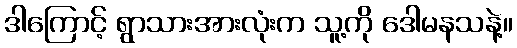
ဒါကြောင့် ရွာသားအားလုံးက သူ့ကို ဒေါမနသနဲ့။